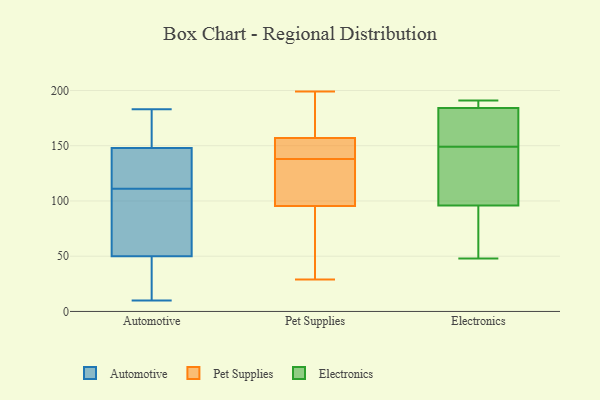
{"axis": {"x": "Bounce Rate (%)", "y": "Value"}, "legend": ["Automotive", "Electronics", "Pet Supplies"], "data": [{"x": "", "y": 142, "type": "Automotive"}, {"x": "", "y": 67, "type": "Automotive"}, {"x": "", "y": 183, "type": "Automotive"}, {"x": "", "y": 106, "type": "Automotive"}, {"x": "", "y": 133, "type": "Automotive"}, {"x": "", "y": 154, "type": "Automotive"}, {"x": "", "y": 10, "type": "Automotive"}, {"x": "", "y": 24, "type": "Automotive"}, {"x": "", "y": 156, "type": "Automotive"}, {"x": "", "y": 92, "type": "Automotive"}, {"x": "", "y": 116, "type": "Automotive"}, {"x": "", "y": 33, "type": "Automotive"}, {"x": "", "y": 155, "type": "Pet Supplies"}, {"x": "", "y": 96, "type": "Pet Supplies"}, {"x": "", "y": 94, "type": "Pet Supplies"}, {"x": "", "y": 29, "type": "Pet Supplies"}, {"x": "", "y": 138, "type": "Pet Supplies"}, {"x": "", "y": 199, "type": "Pet Supplies"}, {"x": "", "y": 115, "type": "Pet Supplies"}, {"x": "", "y": 49, "type": "Pet Supplies"}, {"x": "", "y": 102, "type": "Pet Supplies"}, {"x": "", "y": 138, "type": "Pet Supplies"}, {"x": "", "y": 93, "type": "Pet Supplies"}, {"x": "", "y": 106, "type": "Pet Supplies"}, {"x": "", "y": 139, "type": "Pet Supplies"}, {"x": "", "y": 166, "type": "Pet Supplies"}, {"x": "", "y": 163, "type": "Pet Supplies"}, {"x": "", "y": 153, "type": "Pet Supplies"}, {"x": "", "y": 171, "type": "Pet Supplies"}, {"x": "", "y": 149, "type": "Electronics"}, {"x": "", "y": 156, "type": "Electronics"}, {"x": "", "y": 176, "type": "Electronics"}, {"x": "", "y": 48, "type": "Electronics"}, {"x": "", "y": 187, "type": "Electronics"}, {"x": "", "y": 188, "type": "Electronics"}, {"x": "", "y": 54, "type": "Electronics"}, {"x": "", "y": 191, "type": "Electronics"}, {"x": "", "y": 108, "type": "Electronics"}, {"x": "", "y": 92, "type": "Electronics"}, {"x": "", "y": 109, "type": "Electronics"}]}